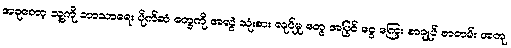
အခုတော့ သူ့ကို ဘာသာရေး ပိုက်ဆံ တွေကို အလွဲ သုံးစား လုပ်မှု တွေ အပြင် ငွေ ကြေး စာချုပ် စာတမ်း အတု